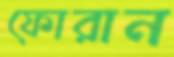
ফোরান